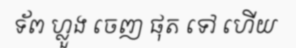
ទ័ព ហ្លួង ចេញ ផុត ទៅ ហើយ